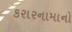
કરારનામાનો